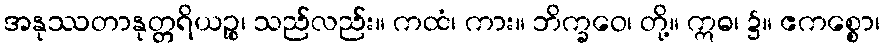
အနုဿတာနုတ္တရိယဉ္စ၊ သည်လည်း။ ကထံ၊ ကား။ ဘိက္ခဝေ၊ တို့။ ဣဓ၊ ၌။ ဧကစ္စော၊